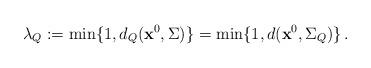
LaTeX: \begin{align*} \lambda_{Q}:=\min\{1,d_{Q}({\bf x}^0,\Sigma)\}=\min\{1,d({\bf x}^0,\Sigma_{Q})\}\,. \end{align*}